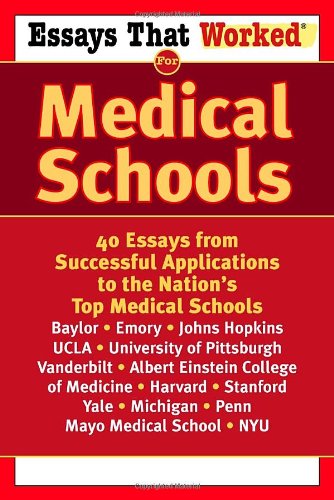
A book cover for Essays That Worked for Medical Schools: 40 Essays from Successful Applications to the Nation's Top Medical Schools; Emily Angel Baer; Education & Teaching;